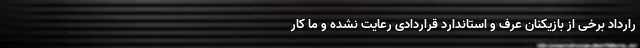
رارداد برخی از بازیکنان عرف و استاندارد قراردادی رعایت نشده و ما کار